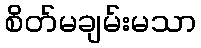
စိတ်မချမ်းမသာ